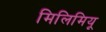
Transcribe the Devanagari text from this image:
मिलिमियू